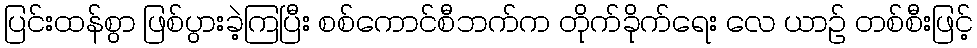
ပြင်းထန်စွာ ဖြစ်ပွားခဲ့ကြပြီး စစ်ကောင်စီဘက်က တိုက်ခိုက်ရေး လေ ယာဉ် တစ်စီးဖြင့်